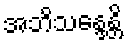
အဘိသန္ဒေန္တိ